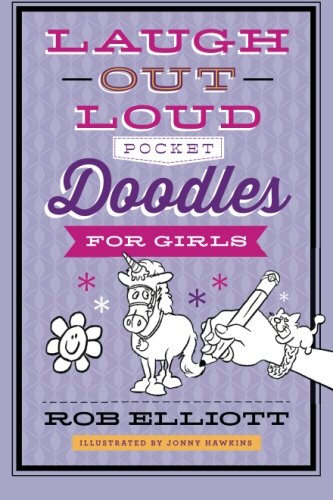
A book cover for Laugh-Out-Loud Pocket Doodles for Girls; Rob Elliott; Children's Books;